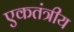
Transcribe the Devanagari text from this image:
एकतंत्रीय